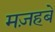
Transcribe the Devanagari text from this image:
मज़हबे